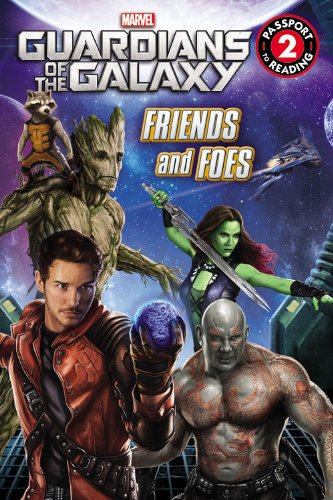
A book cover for Marvel's Guardians of the Galaxy: Friends and Foes (Passport to Reading Level 2); Chris Strathearn; Children's Books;